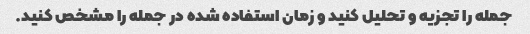
جمله را تجزیه و تحلیل کنید و زمان استفاده شده در جمله را مشخص کنید.